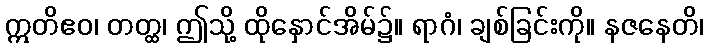
ဣတိဧဝ၊ တတ္ထ၊ ဤသို့ ထိုနှောင်အိမ်၌။ ရာဂံ၊ ချစ်ခြင်းကို။ နဇနေတိ၊